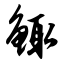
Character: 鲰